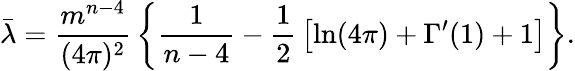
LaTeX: \bar{\lambda}={\frac{m^{n-4}}{(4\pi)^{2}}}\left\{ {\frac{1}{n-4}}-{\frac{1}{2}}\left[\ln(4\pi)+\Gamma^{\prime}(1)+1\right]\right\} .